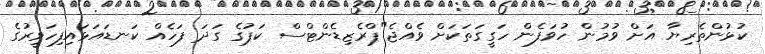
ކުޅުންތެރިޔާ އަށް ވުމުން ހުވަފެން ހަގީގަތަކަށް ވެއްޖެ"ޕްރެޒިޑެންޓްސް ކަޕުގެ ގަދަ ފަހެއް ކަނޑައަޅައިފިހަވީރުގެ